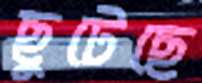
ছুটেছে